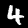
Digit: 4